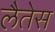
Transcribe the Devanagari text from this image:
लैतेस